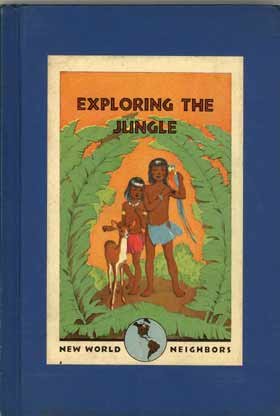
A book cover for Exploring the jungle, (New world neighbors); JoBesse McElveen Waldeck; Travel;